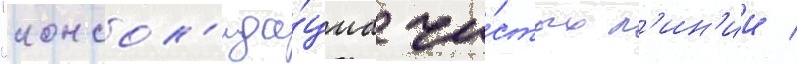
"консол'ида́циа чи́стых л'ин'ии /